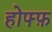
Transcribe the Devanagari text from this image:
होफ्फ़